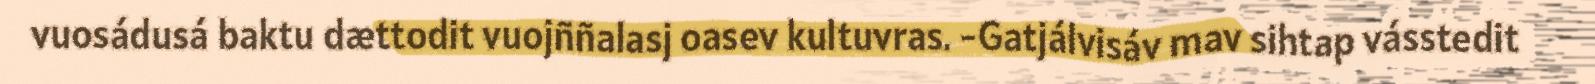
vuosádusá baktu dættodit vuojññalasj oasev kultuvras. -Gatjálvisáv mav sihtap vásstedit